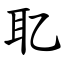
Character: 䎲